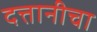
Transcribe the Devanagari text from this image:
दत्तानीचा